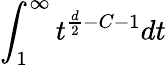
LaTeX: \int_{1}^{\infty}t^{\frac{d}{2}-C-1}dt